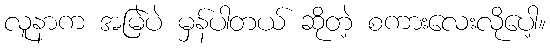
လူနာက အမြဲပဲ မှန်ပါတယ် ဆိုတဲ့ စကားလေးလိုပေါ့။